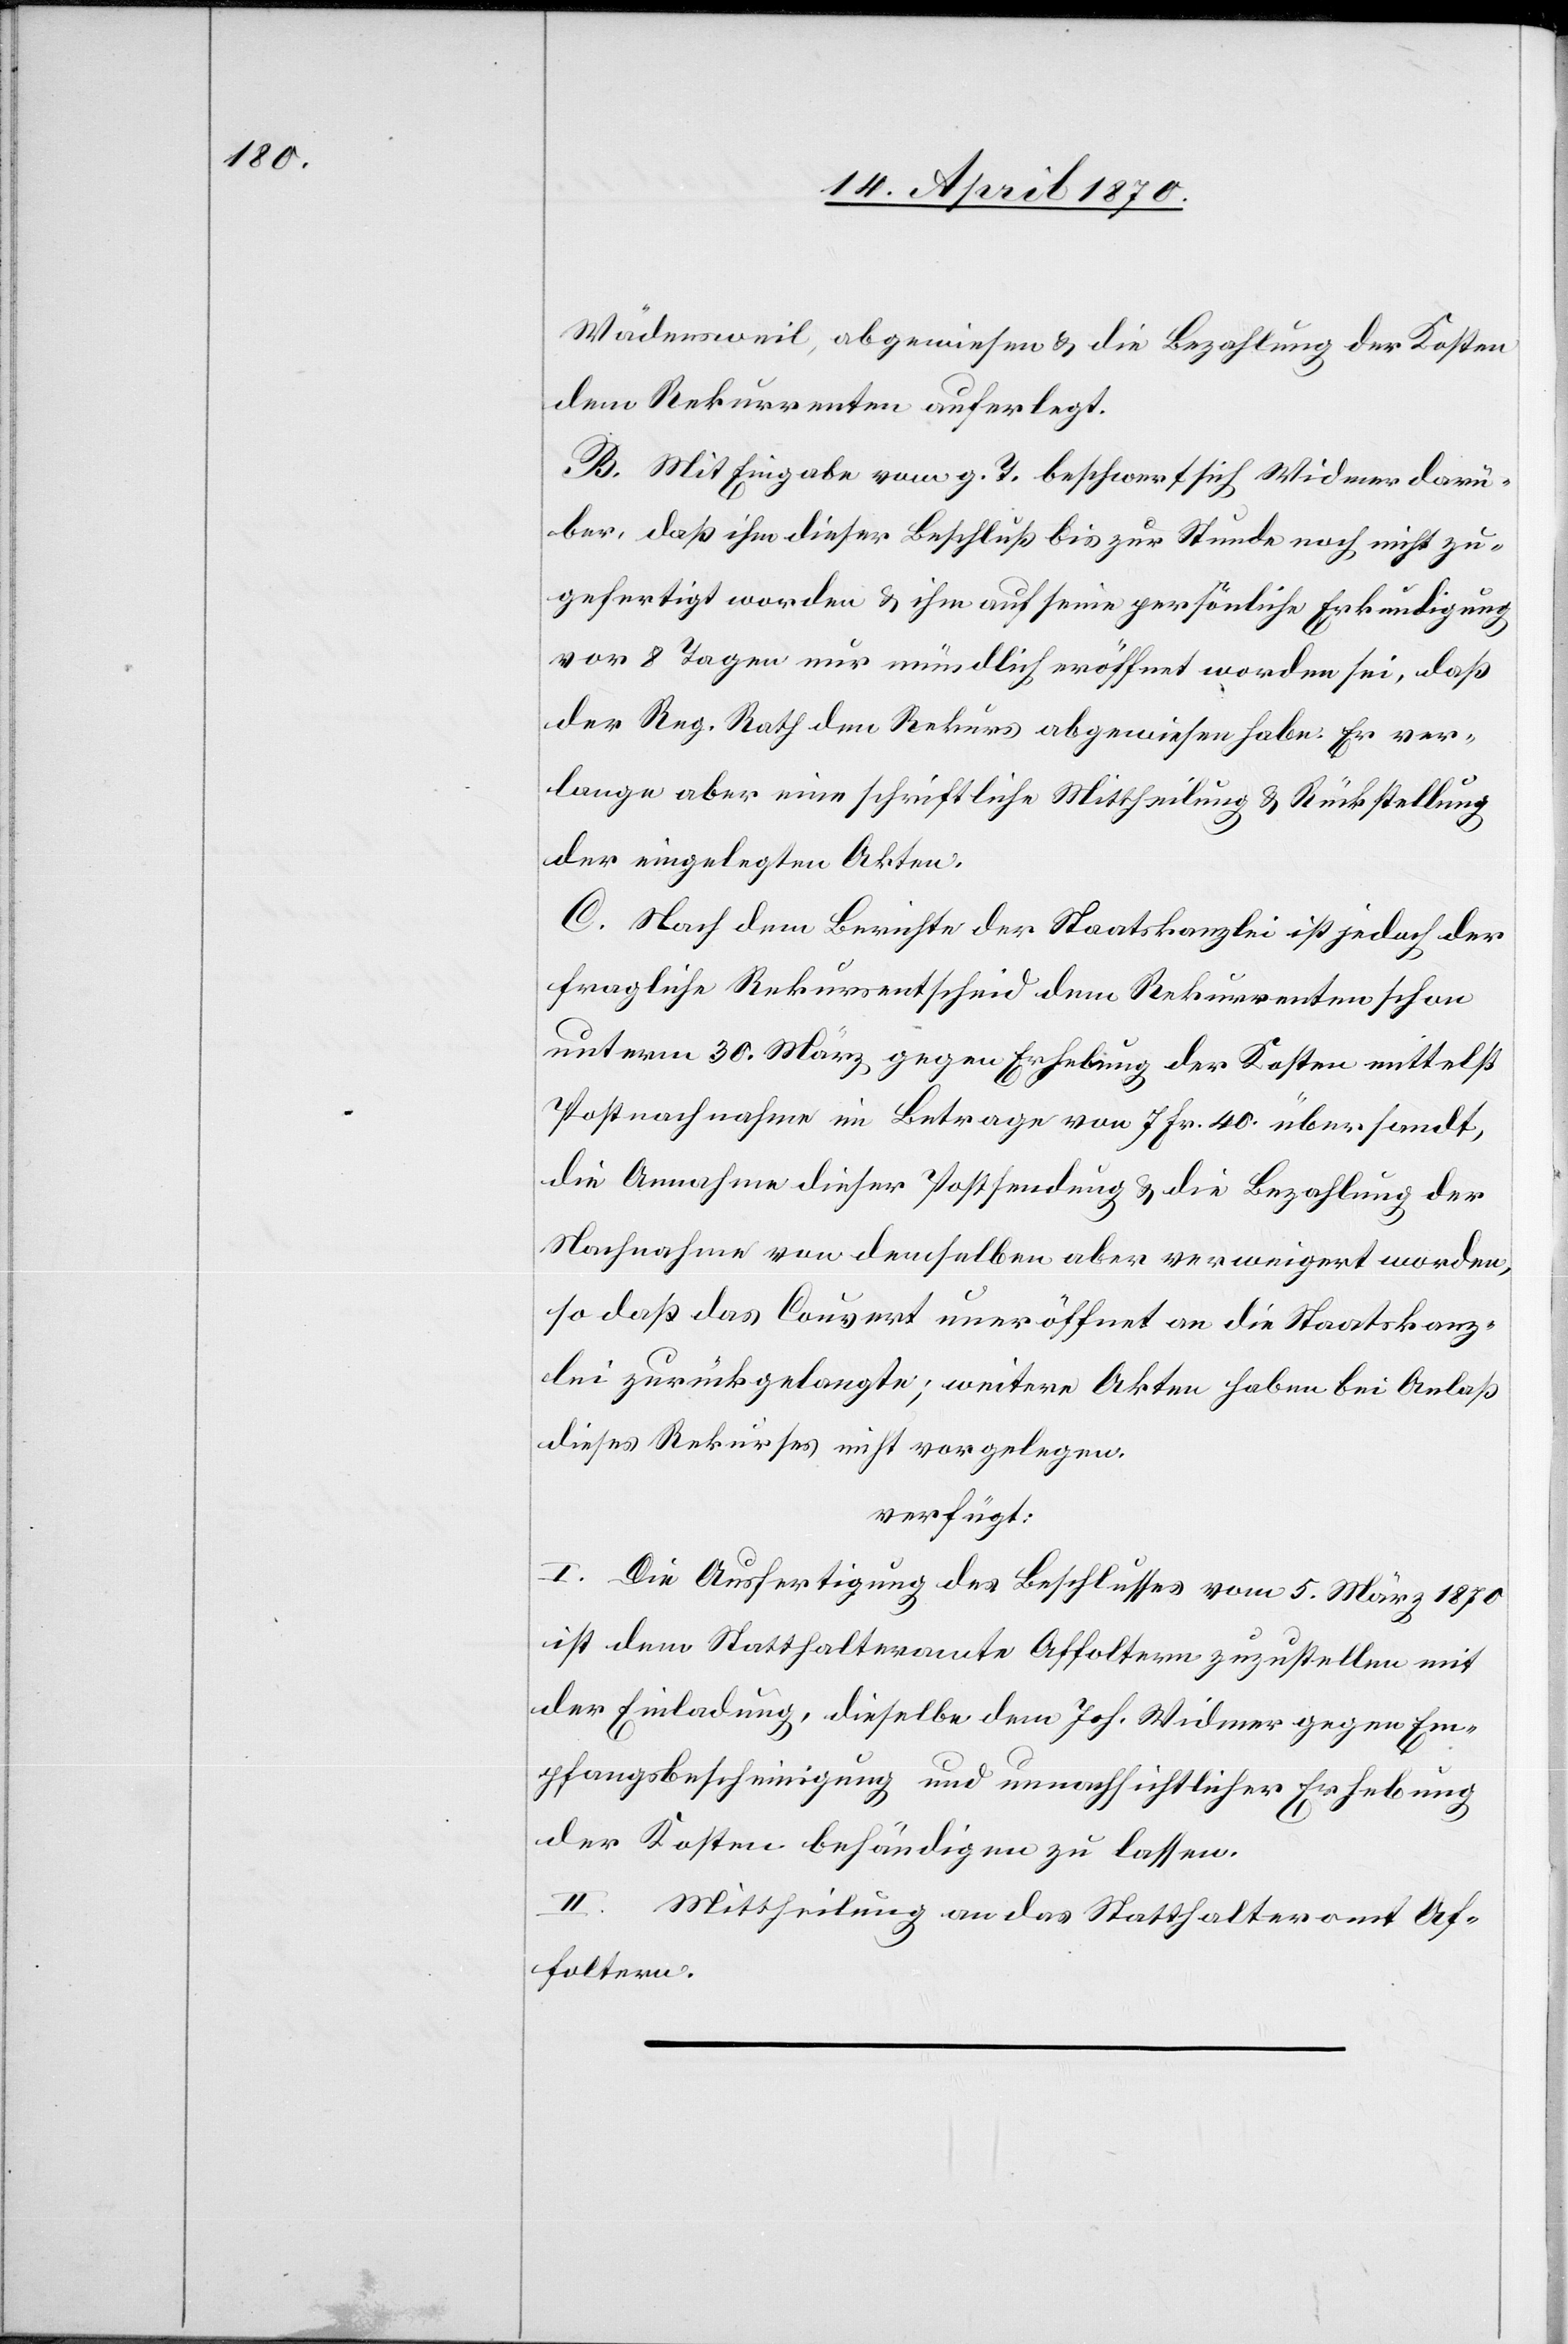
Wädensweil, abgewiesen & die Bezahlung der Kosten
dem Rekurrenten auferlegt.
B. Mit Eingabe vom g. T. beschwert sich Widmer darü¬
ber, daß ihm dieser Beschluß bis zur Stunde noch nicht zu¬
gefertigt worden & ihm auf seine persönliche Erkundigung
vor 8 Tagen nur mündlich eröffnet worden sei, daß
der Reg. Rath dem Rekurs abgewiesen habe. Er ver¬
lange aber eine schriftliche Mittheilung & Rückstellung
der eingelegten Akten.
C. Nach dem Berichte der Staatskanzlei ist jedoch der
fragliche Rekursentscheid dem Rekurrenten schon
unterm 30. März gegen Erhebung der Kosten mittelst
Postnachnahme im Betrage von 7 Fr. 40. übersandt,
die Annahme dieser Postsendung & die Bezahlung der
Nachnahme von demselben aber verweigert worden,
so daß das Couvert uneröffnet an die Staatskanz¬
lei zurückgelangte; weitere Akten haben bei Anlaß
dieses Rekurses nicht vorgelegen.
verfügt:
I. Die Ausfertigung des Beschlusses vom 5. März 1870
ist dem Statthalteramte Affoltern zuzustellen[,] mit
der Einladung, dieselbe dem Joh. Widmer gegen Em¬
pfangsbescheinigung und unnachsichtlicher Erhebung
der Kosten behändigen zu lassen.
II. Mittheilung an das Statthalteramt Af¬
foltern.